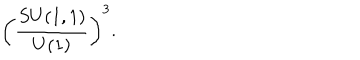
\left( \frac { S U ( 1 , 1 ) } { U ( 1 ) } \right) ^ { 3 } .